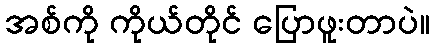
အစ်ကို ကိုယ်တိုင် ပြောဖူးတာပဲ။